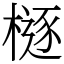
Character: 㯌